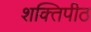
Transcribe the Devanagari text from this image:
शक्‍ितपीठ